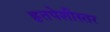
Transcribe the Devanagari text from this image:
हृतपेशीस्तर